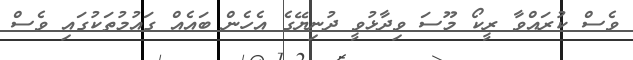
ވެސް ކުރައްވާ ރީކޯ މޫސަ ވިދާޅުވީ ދުނިޔޭގެ އެހެން ބައެއް ގައުމުތަކުގައި ވެސް